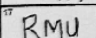
Transcription: RMU